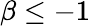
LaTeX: \beta\leq-1